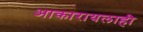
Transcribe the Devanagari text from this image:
आकारायलाही